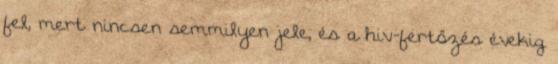
fel, mert nincsen semmilyen jele, és a hiv-fertőzés évekig